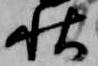
秋